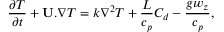
\frac { \partial { T } } { \partial t } + { \bf U } . \nabla { T } = k \nabla ^ { 2 } { T } + \frac { L } { c _ { p } } C _ { d } - \frac { g w _ { z } } { c _ { p } } ,